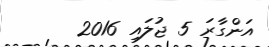
އަންގާރަ 5 ޖުލައި 2016